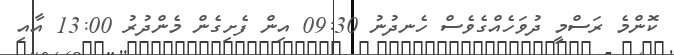
ކޮންމެ ރަސްމީ ދުވަހެއްގެވެސް ހެނދުނު 09:30 އިން ފެށިގެން މެންދުރު 13:00 އާއި